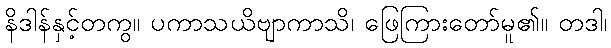
နိဒါန်နှင့်တကွ။ ပကာသယိဗျာကာသိ၊ ဖြေကြားတော်မူ၏။ တဒါ၊